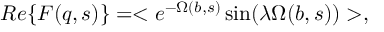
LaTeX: R e \{ F ( q , s ) \} = < e ^ { - \Omega ( b , s ) } \sin ( \lambda \Omega ( b , s ) ) > ,